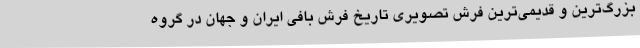
بزرگ‌ترین و قدیمی‌ترین فرش تصویری تاریخ فرش بافی ایران و جهان در گروه